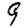
Digit: 9